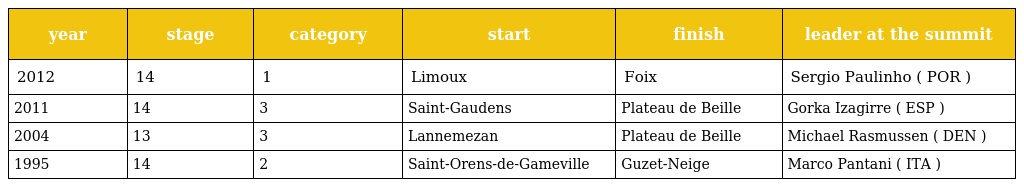
| year | stage | category | start | finish | leader at the summit |
 | --- | --- | --- | --- | --- | --- |
 | 2012 | 14 | 1 | Limoux | Foix | Sergio Paulinho ( POR ) |
 | 2011 | 14 | 3 | Saint-Gaudens | Plateau de Beille | Gorka Izagirre ( ESP ) |
 | 2004 | 13 | 3 | Lannemezan | Plateau de Beille | Michael Rasmussen ( DEN ) |
 | 1995 | 14 | 2 | Saint-Orens-de-Gameville | Guzet-Neige | Marco Pantani ( ITA ) |